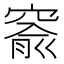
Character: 窬